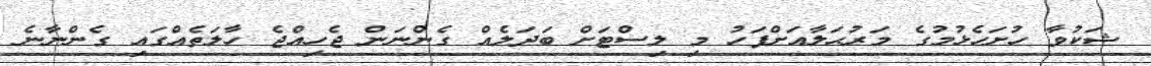
ޝަކުވާ ހުށަހެޅުމުގެ މަރުޙަލާއަށްފަހު މި ލިސްޓަށް ބަދަލެއް ގެންނަން ޖެހިއްޖެ ހާލަތެއްގައި ގެންނާނެ